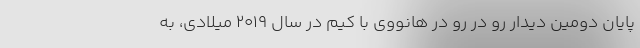
پایان دومین دیدار رو در رو در هانووی با کیم در سال ۲۰۱۹ میلادی، به